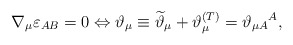
\begin{align*}\nabla _{\mu }\varepsilon _{AB}=0\Leftrightarrow \vartheta _{\mu }\equiv \widetilde{\vartheta }_{\mu }+\vartheta _{\mu }^{{\footnotesize (T)}}=\vartheta _{\mu A}{}^{A}, \end{align*}